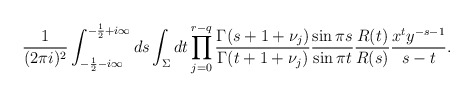
\begin{align*}\frac{1}{(2\pi i)^2} \int_{-\frac{1}{2}-i\infty}^{-\frac{1}{2} + i \infty} ds \int_{\Sigma} dt\prod_{j=0}^{r-q} \frac{\Gamma(s+1+\nu_j)}{\Gamma(t+1+\nu_j)} \frac{\sin \pi s}{\sin \pi t} \frac{R(t)}{R(s)}\frac{x^t y^{-s-1}}{s-t}.\end{align*}